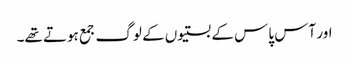
اور آس پاس کے بستیوں کے لوگ جمع ہوتے تھے۔